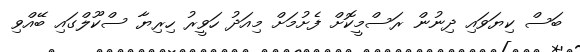
ބަސް ކިޔަވައި ދިނުން ރަސްމީކޮށް ފެށުމަށް މިއަދު ހަވީރު ހިރިޔާ ސްކޫލްގައި ބޭއްވި